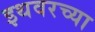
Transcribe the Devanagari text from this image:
इथवरच्या